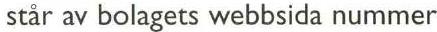
 står av bolagets webbsida nummer